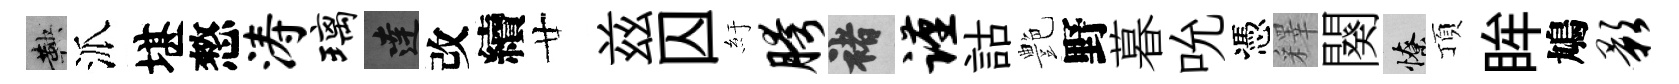
鞅派堪憗涛璃達改續廿兹囚紆胯褚谨詁艶野暮吮憑釋闋憭頂眸鳩影